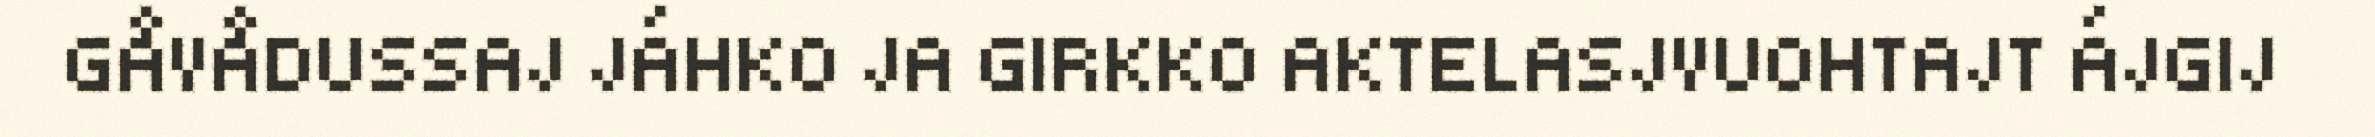
GÅVÅDUSSAJ JÁHKO JA GIRKKO AKTELASJVUOHTAJT ÁJGIJ